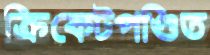
ক্রিকেটপণ্ডিত